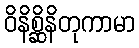
ဝိနိစ္ဆိနိတုကာမာ